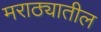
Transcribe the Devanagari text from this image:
मराठ्यातील